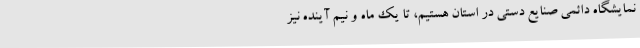
نمایشگاه دائمی صنایع دستی در استان هستیم، تا یک ماه و نیم آینده نیز